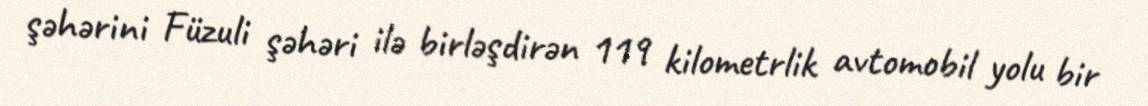
şəhərini Füzuli şəhəri ilə birləşdirən 119 kilometrlik avtomobil yolu bir